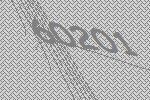
60201